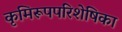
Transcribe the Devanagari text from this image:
कृमिरूपपरिशेषिका